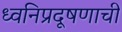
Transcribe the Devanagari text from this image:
ध्वनिप्रदूषणाची